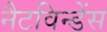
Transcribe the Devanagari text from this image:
नैटविन्डेंस